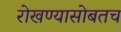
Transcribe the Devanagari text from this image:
रोखण्यासोबतच